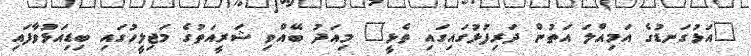
"އަޅުގަނޑުގެ އަމިއްލަ އަތުން ދަރިފުޅުގައިގައި ތެޅީ" މިއަދު ބޭއްވި ޝަރީއަތުގެ މަޖިލީހުގައި ބިޑިއަޅުވާފައި